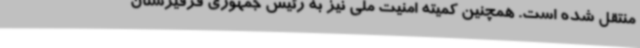
منتقل شده است. همچنین کمیته امنیت ملی نیز به رئیس جمهوری قرقیزستان